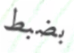
بضبط